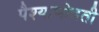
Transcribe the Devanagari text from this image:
पैश्याभोवती